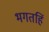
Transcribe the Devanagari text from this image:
भगतहिं